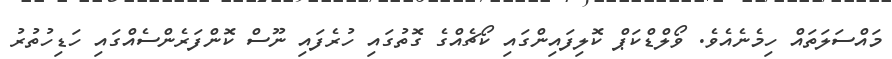
މައްސަލަތައް ހިމެނެއެވެ. ވޯލްޑްކަޕް ކޮލިފައިންގައި ކޯޗެއްގެ ގޮތުގައި ހުރެފައި ނޫސް ކޮންފަރެންސެއްގައި ހަޑިހުތުރު